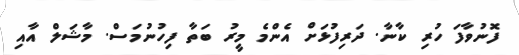
ފޮނުވާފަ ހުރި ކާނާ. ދަރިފުޅަށް އެންމެ މީރު ބަތާ ފިހުނުމަސް. މާޝަލް އާއި